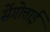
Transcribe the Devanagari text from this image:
सेंगोत्ताई